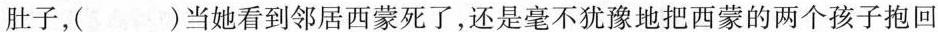
肚子，( )当她看到邻居西蒙死了，还是毫不犹豫地把西蒙的两个孩子抱回